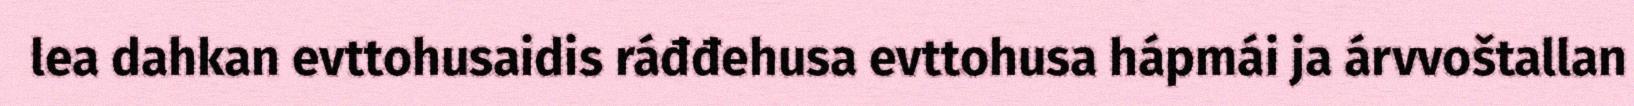
lea dahkan evttohusaidis ráđđehusa evttohusa hápmái ja árvvoštallan